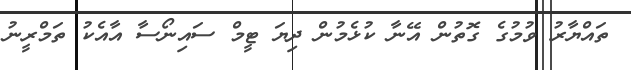
ތައްޔާރު ވުމުގެ ގޮތުން އޭނާ ކުޅެމުން ދިޔަ ޓީމް ސައިނޯސާ އާއެކު ތަމްރީނު